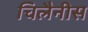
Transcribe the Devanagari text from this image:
चिलैनीस